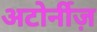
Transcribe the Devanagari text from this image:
अटोर्नीज़